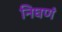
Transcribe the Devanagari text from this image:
निघणं